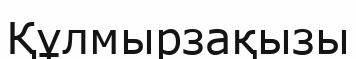
Құлмырзақызы